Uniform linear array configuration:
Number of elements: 64
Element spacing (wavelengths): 0.25
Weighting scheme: hann
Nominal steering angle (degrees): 0
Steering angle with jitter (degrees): -1.363
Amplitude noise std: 0.05
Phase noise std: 0.05

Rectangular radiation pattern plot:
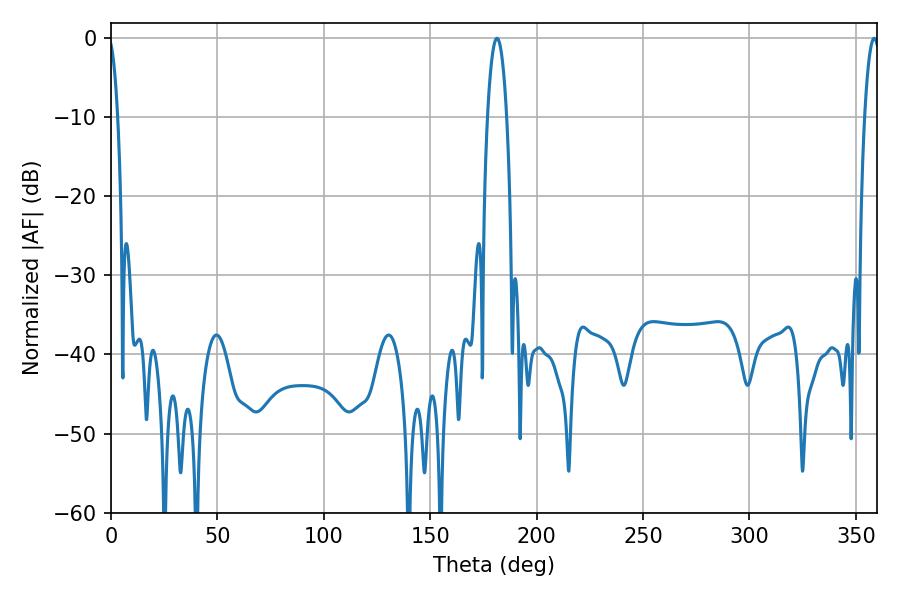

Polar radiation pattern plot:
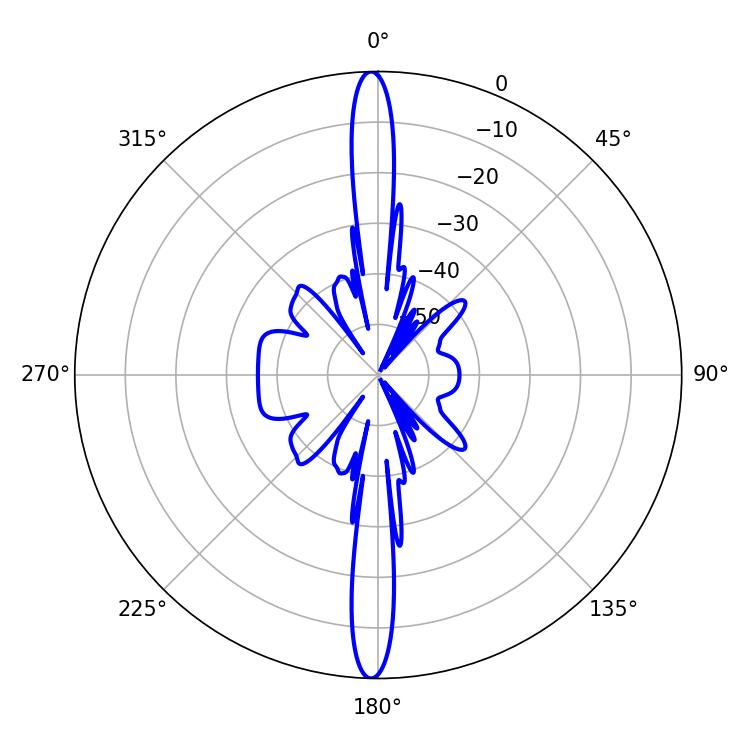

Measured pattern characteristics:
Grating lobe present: FALSE
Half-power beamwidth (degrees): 3.96
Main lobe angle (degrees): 358.56